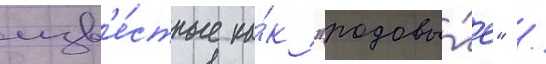
изв'е́стные ка́к "родовы́е" /